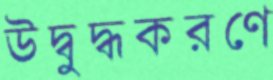
উদ্বুদ্ধকরণে